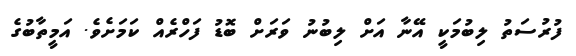
ފުރުސަތު ލިބުމަކީ އޭނާ އަށް ލިބުނު ވަރަށް ބޮޑު ފަހްރެއް ކަމަށެވެ. އަމީތާބުގެ